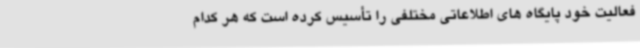
فعالیت خود پایگاه های اطلاعاتی مختلفی را تأسیس کرده است که هر کدام